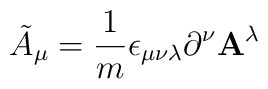
{\tilde A}_\mu = \frac{1}{m} \epsilon_ {\mu \nu \lambda}\partial^{\nu}{\bf A}^\lambda